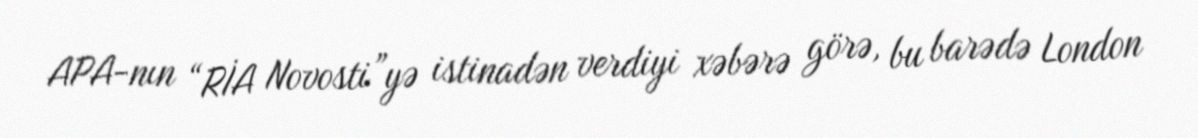
APA-nın “RİA Novosti”yə istinadən verdiyi xəbərə görə, bu barədə London